Malaria in the Duars
Disease focus: Malaria
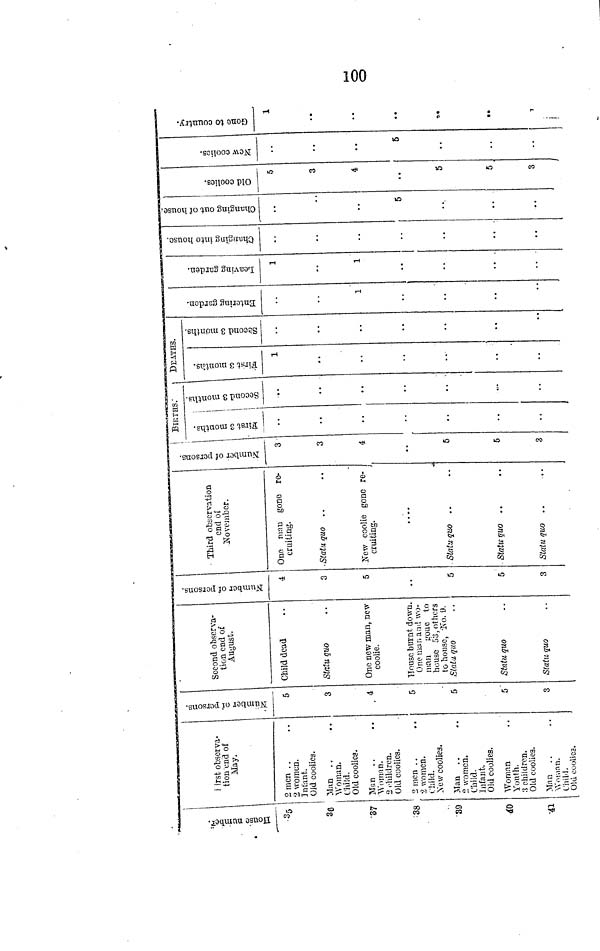
100
House number
35
36
•37
'38
39
40
41
First observa-
tion end of
May.
2 men
2 women.
Infant.
Old coolies.
Man . .
Woman.
Child.
Old coolies.
Man . .
Women.
2 children.
Old coolies.
2 men . .
2 women.
Child.
New coolies.
Man
2 women.
Child.
Infant.
Old coolies.
Woman
Youth.
3 children.
Old coolies.
Man
. .
Women
Child.
Old coolies.
Number of persons.
5
3
4
5
5
5
3
Second observa-
tion end of
August.
Child dead
Statu quo
One new man, nev
coolie.
House burnt down.
One man and wo-
man
gone to
house 53, others
to house, No. 9.
Statu, quo
Statu quo
Statu quo
Number of persons.
4
3
5
5
5
3
Third observation
end of
November.
One man gone re-
cruiting.
Statu quo ,.
New coolie gone re-
cruiting.
. . .
Statu quo
Statu quo ..
Statu quo ..
BIRTHS;
Number of persons.
3
3
4
6
5
3
First 3 months.
Second 3 months.
..
DEATHS.
First 3 months.
1
Second 3 months.
_
Entering Garden.
1
Leaving Garden.
1
1
Changing into House.
0
3
Changimng out of House.
5
Old Coolies.
5
3
4
5
5,
3
New Coolies.
5
Gone to Country.
1
..
««
..